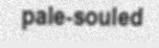
pale-souled